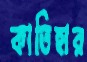
কাতিহার